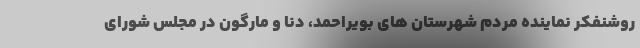
روشنفکر نماینده مردم شهرستان های بویراحمد، دنا و مارگون در مجلس شورای